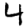
Digit: 4